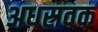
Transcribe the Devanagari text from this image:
अधस्रवक